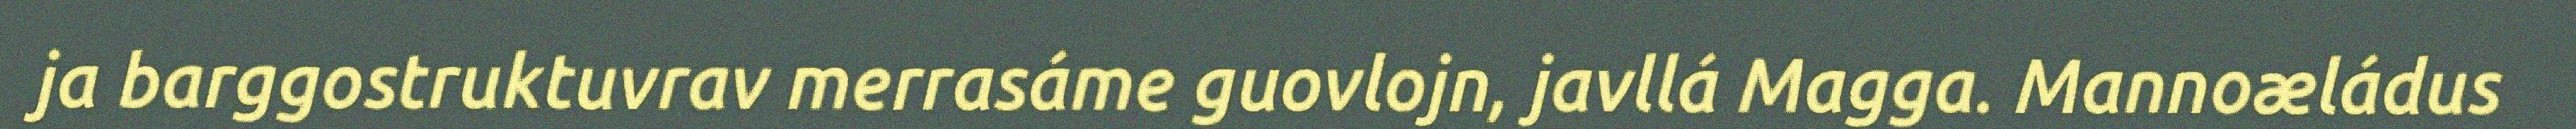
ja barggostruktuvrav merrasáme guovlojn, javllá Magga. Mannoæládus